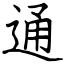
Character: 通